Lunatic asylums in Bengal annual reports 1888-1898 - 1888-1898
Year: 1888
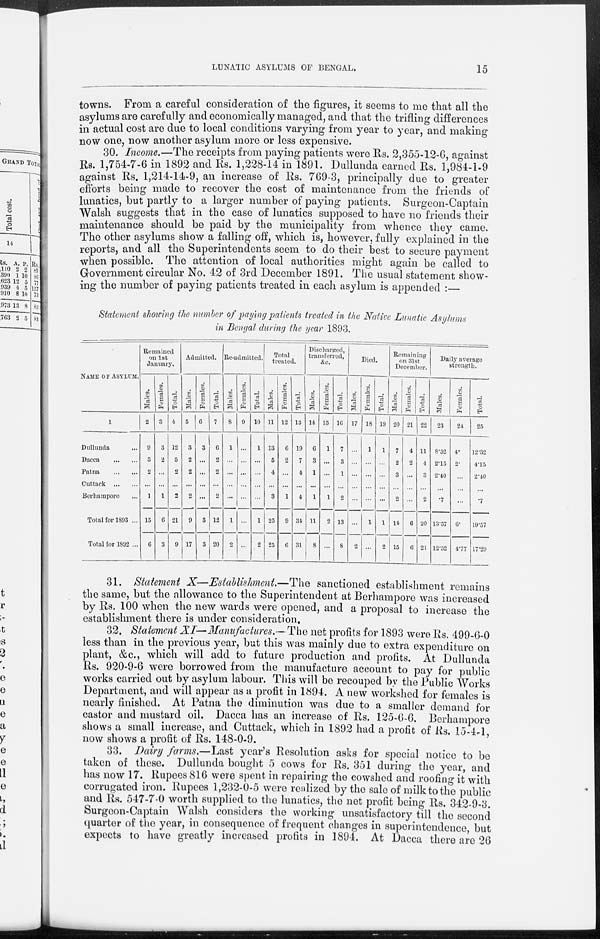
LUNATIC ASYLUMS OF BENGAL.
15
towns. From a careful consideration of the figures, it seems to me that all the
asylums are carefully and economically managed, and that the trifling differences
in actual cost are due to local conditions varying from year to year, and making
now one, now another asylum more or less expensive.
30. Income.—The receipts from paying patients were Rs. 2,355-12-6, against
Rs. 1,754-7-6 in 1892 and Rs. 1,228-14 in 1891. Dullunda earned Rs. 1,984-1-9
against Rs. 1,214-14-9, an increase of Rs. 769-3, principally due to greater
efforts being made to recover the cost of maintenance from the friends of
lunatics, but partly to a larger number of paying patients. Surgeon-Captain
Walsh suggests that in the case of lunatics supposed to have no friends their
maintenance should be paid by the municipality from whence they came.
The other asylums show a falling off, which is, however, fully explained in the
reports, and all the Superintendents seem to do their best to secure payment
when possible. The attention of local authorities might again be called to
Government circular No. 42 of 3rd December 1891. The usual statement show-
ing the number of paying patients treated in each asylum is appended :
Statement showing the number of paying patients treated in the Native Lunatic Asylums
in Bengal during the year 1893.
NAME OF ASYLUM.
1
Dullunda ...
Dacca
...
...
Patna
...
...
Cuttack
...
...
Berhampore ...
Total for 1893 ...
Total for 1892 ...
Remained
on 1st
January.
Males.
2
9
3
2
...
1
15
6
Females.
3
3
2
...
...
1
6
3
Total.
4
12
5
2
...
2
21
9
Admitted.
Males.
5
3
2
2
...
2
9
17
Females.
6
3
...
...
...
...
3
3
Total.
7
6
2
2
...
2
12
20
Re-admitted.
Males.
8
1
...
...
...
...
1
2
Females.
9
...
...
...
...
...
...
...
Total.
10
1
...
...
...
...
1
2
Total
treated.
Males.
11
13
5
4
...
3
25
25
Females.
12
6
2
...
...
1
9
6
Total.
13
19
7
4
...
4
34
31
Discharged,
transferred,
&c.
Males.
14
6
3
1
...
1
11
8
Females.
15
1
...
...
...
1
2
...
Total.
16
7
3
1
...
2
13
8
Died.
Males.
17
...
...
...
...
...
...
2
Females.
18
1
...
...
...
...
1
...
Total.
19
1
...
...
...
...
1
2
Remaining
on 31st
December.
Males.
20
7
2
3
...
2
14
15
Females.
21
4
2
...
...
...
6
6
Total.
22
11
4
3
...
2
20
21
Daily average
strength.
Males.
23
8.32
2.15
2.40
...
.7
13.57
12.52
Females.
24
4
2
...
...
...
6.
4.77
Total.
25
12.32
4.15
2.40
...
.7
19.57
17.29
31. Statement X—Establishment.—The sanctioned establishment remains
the same, but the allowance to the Superintendent at Berhampore was increased
by Rs. 100 when the new wards were opened, and a proposal to increase the
establishment there is under consideration.
32. Statement XI—Manufactures.—The net profits for 1893 were Rs. 499-6-0
less than in the previous year, but this was mainly due to extra expenditure on
plant, &c., which will add to future production and profits. At Dullunda
Rs. 920-9-6 were borrowed from the manufacture account to pay for public
works carried out by asylum labour. This will be recouped by the Public Works
Department, and will appear as a profit in 1894. A new workshed for females is
nearly finished. At Patna the diminution was due to a smaller demand for
castor and mustard oil. Dacca has an increase of Rs. 125-6-6. Berhampore
shows a small increase, and Cuttack, which in 1892 had a profit of Rs. 15-4-1,
now shows a profit of Rs. 148-0-9.
33. Dairy farms.—Last year's Resolution asks for special notice to be
taken of these. Dullunda bought 5 cows for Rs. 351 during the year, and
has now 17. Rupees 816 were spent in repairing the cowshed and roofing it with
corrugated iron. Rupees 1,232-0-5 were realized by the sale of milk to the public
and Rs. 547-7-0 worth supplied to the lunatics, the net profit being Rs. 342-9-3.
Surgeon-Captain Walsh considers the working unsatisfactory till the second
quarter of the year, in consequence of frequent changes in superintendence, but
expects to have greatly increased profits in 1894. At Dacca there are 26